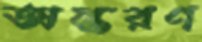
অন্তরণ